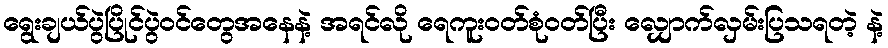
ရွေးချယ်ပွဲပြိုင်ပွဲဝင်တွေအနေနဲ့ အရင်လို ရေကူးဝတ်စုံဝတ်ပြီး လျှောက်လှမ်းပြသရတဲ့ နဲ့